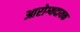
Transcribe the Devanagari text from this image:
आरोग्यदायक